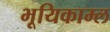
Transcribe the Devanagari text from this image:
भूयिकाम्ल